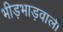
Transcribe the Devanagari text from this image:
भीड़भाड़वाली